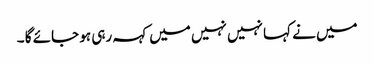
میں نے کہا نہیں نہیں میں کہہ رہی ہو جائے گا ۔